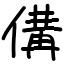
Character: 傋